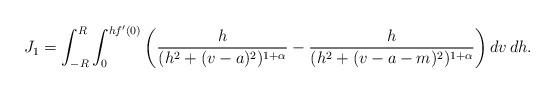
LaTeX: \begin{align*} J_{1} = \int_{-R}^{R}\int_{0}^{hf'(0)} \left( \frac{h}{(h^{2}+(v-a)^{2})^{1+\alpha}} - \frac{h}{(h^{2}+(v-a-m)^{2})^{1+\alpha}} \right) dv\,dh. \end{align*}